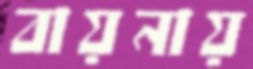
বায়নায়